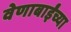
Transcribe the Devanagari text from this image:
वेणाबाईंच्या